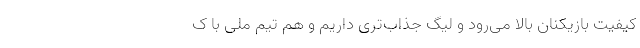
کیفیت بازیکنان بالا می‌رود و لیگ جذاب‌تری داریم و هم تیم ملی با ک